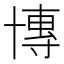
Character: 𫧤